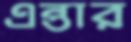
এন্তার